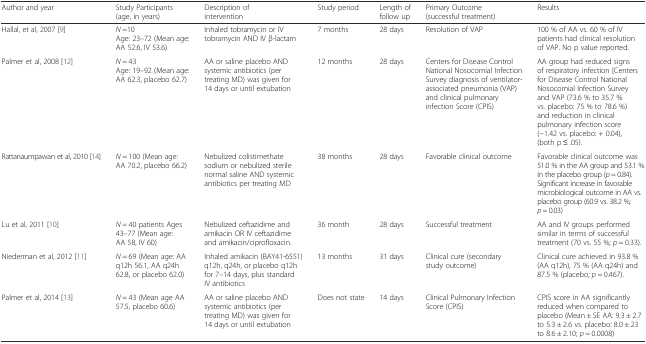
<table><thead><tr><td><b>Author and year</b></td><td><b>Study Participants (age, in years)</b></td><td><b>Description of intervention</b></td><td><b>Study period</b></td><td><b>Length of follow up</b></td><td><b>Primary Outcome (successful treatment)</b></td><td><b>Results</b></td></tr></thead><tbody><tr><td rowspan="2">Hallal, et al, 2007 [9]</td><td><i>N</i> =10</td><td rowspan="2">Inhaled tobramycin or IV tobramycin AND IV β-lactam</td><td rowspan="2">7 months</td><td rowspan="2">28 days</td><td rowspan="2">Resolution of VAP</td><td rowspan="2">100 % of AA vs. 60 % of IV patients had clinical resolution of VAP. No p value reported.</td></tr><tr><td>Age: 23–72 (Mean age: AA 52.6, IV 53.6)</td></tr><tr><td rowspan="2">Palmer et al, 2008 [12]</td><td><i>N</i> = 43</td><td rowspan="2">AA or saline placebo AND systemic antibiotics (per treating MD) was given for 14 days or until extubation</td><td rowspan="2">12 months</td><td rowspan="2">28 days</td><td rowspan="2">Centers for Disease Control National Nosocomial Infection Survey diagnosis of ventilator-associated pneumonia (VAP) and clinical pulmonary infection Score (CPIS)</td><td rowspan="2">AA group had reduced signs of respiratory infection [Centers for Disease Control National Nosocomial Infection Survey and VAP (73.6 % to 35.7 % vs. placebo: 75 % to 78.6 %) and reduction in clinical pulmonary infection score (−1.42 vs. placebo: + 0.04), (both p ≤ .05).</td></tr><tr><td>Age: 19–92 (Mean age: AA 62.3, placebo 62.7)</td></tr><tr><td>Rattanaumpawan et al, 2010 [14]</td><td><i>N</i> = 100 (Mean age: AA 70.2, placebo 66.2)</td><td>Nebulized colistimethate sodium or nebulized sterile normal saline AND systemic antibiotics per treating MD</td><td>38 months</td><td>28 days</td><td>Favorable clinical outcome</td><td>Favorable clinical outcome was 51.0 % in the AA group and 53.1 % in the placebo group (<i>p</i> = 0.84). Significant increase in favorable microbiological outcome in AA vs. placebo group (60.9 vs. 38.2 %; <i>p</i> = 0.03)</td></tr><tr><td>Lu et al, 2011 [10]</td><td><i>N</i> = 40 patients Ages 43–77 (Mean age: AA 58, IV 60)</td><td>Nebulized ceftazidime and amikacin OR IV ceftazidime and amikacin/ciprofloxacin.</td><td>36 month</td><td>28 days</td><td>Successful treatment</td><td>AA and IV groups performed similar in terms of successful treatment (70 vs. 55 %; <i>p</i> = 0.33).</td></tr><tr><td>Niederman et al, 2012 [11]</td><td><i>N</i> = 69 (Mean age: AA q12h 56.1, AA q24h 62.8, or placebo 62.0)</td><td>Inhaled amikacin (BAY41-6551) q12h, q24h, or placebo q12h for 7–14 days, plus standard IV antibiotics</td><td>13 months</td><td>31 days</td><td>Clinical cure (secondary study outcome)</td><td>Clinical cure achieved in 93.8 % (AA q12h), 75 % (AA q24h) and 87.5 % (placebo; <i>p</i> = 0.467).</td></tr><tr><td>Palmer et al, 2014 [13]</td><td><i>N</i> = 43 (Mean age AA 57.5, placebo 60.6)</td><td>AA or saline placebo AND systemic antibiotics (per treating MD) was given for 14 days or until extubation</td><td>Does not state</td><td>14 days</td><td>Clinical Pulmonary Infection Score (CPIS)</td><td>CPIS score in AA significantly reduced when compared to placebo (Mean ± SE AA: 9.3 ± 2.7 to 5.3 ± 2.6 vs. placebo: 8.0 ± 23 to 8.6 ± 2.10; <i>p</i> = 0.0008)</td></tr></tbody></table>